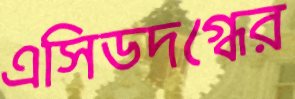
এসিডদগ্ধের